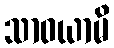
သာဝယာမိ